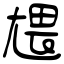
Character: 㞇